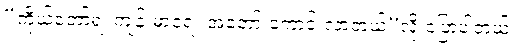
“ကိုယ်တော်ရဲ့ ကျန်းမာရေး အတော် ကောင်းလာတယ်”လို့ ပြောပါတယ်။